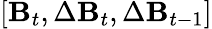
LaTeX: [\mathbf{B}_{t},\Delta\mathbf{B}_{t},\Delta\mathbf{B}_{t-1}]